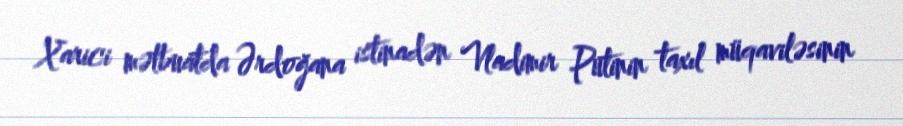
Xarici mətbuatda Ərdoğana istinadən Vladimir Putinin taxıl müqaviləsinin